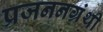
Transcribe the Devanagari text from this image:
प्रजननग्रंथी